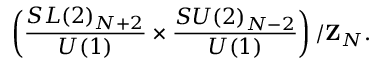
\left( \frac { S L ( 2 ) _ { N + 2 } } { U ( 1 ) } \times \frac { S U ( 2 ) _ { N - 2 } } { U ( 1 ) } \right) / { \bf Z } _ { N } .